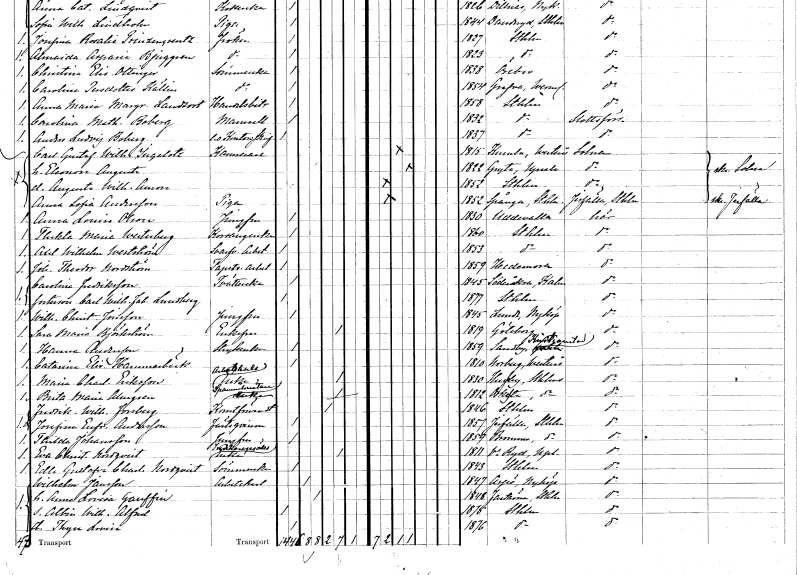
gt_parse: households: individuals: FN: Carl Gustaf Wilhelm
EN: Ingelotz
YRKE: Kamrerare
KON: M
CIV: G
FODAR: 1815
FODFORS: Kumla Västmanlands län
FN: Eleonora Augusta
KON: K
CIV: G
FODAR: 1822
FODFORS: Gryta Uppsala län
FN: Augusta Wilhelmina Aurora
KON: K
CIV: O
FODAR: 1852
FODFORS: Stockholm
FN: Anna Sofia
EN: Andersson
YRKE: Piga
KON: K
CIV: O
FODAR: 1852
FODFORS: Spånga Stockholms län
FN: Anna Louisa
EN: Olson
YRKE: Jungfru
KON: K
CIV: O
FODAR: 1830
FODFORS: Uddevalla Göteborgs- och Bohuslän
FN: Thekla Maria
EN: Westerberg
YRKE: Korsångerska
KON: K
CIV: O
FODAR: 1860
FODFORS: Stockholm
FN: Axel Wilhelm
EN: Westström
YRKE: Svarveriarbetare
KON: M
CIV: O
FODAR: 1853
FODFORS: Stockholm
FN: Johan Theodor
EN: Nordström
YRKE: Tapetseriarbetare
KON: M
CIV: O
FODAR: 1859
FODFORS: Hedemora Kopparbergs län
FN: Carolina
EN: Fredriksson
YRKE: Tvätterska
KON: K
CIV: O
FODAR: 1845
FODFORS: Söderåkra Kalmar län
FN: Carl Wilhelm Johan
EN: Lundberg
KON: M
CIV: O
FODAR: 1877
FODFORS: Stockholm
FN: Wilhelmina Christina
EN: Jönsson
YRKE: Jungfru
KON: K
CIV: O
FODAR: 1845
FODFORS: Lunda Södermanlands län
FN: Sara Maria
EN: Björkström
KON: K
CIV: E
FODAR: 1819
FODFORS: Göteborg Göteborgs- och Bohuslän
FN: Hanna
EN: Andersson
YRKE: Strykerska
KON: K
CIV: O
FODAR: 1859
FODFORS: Norra Sandby Kristianstads län
FN: Catarina Elisabet
EN: Hammarbäck
KON: K
CIV: O
FODAR: 1810
FODFORS: Norberg Västmanlands län
FN: Maria Charlotta
EN: Eriksson
YRKE: Arbetskarlsänka
KON: K
CIV: E
FODAR: 1830
FODFORS: Husby Stockholms län
FN: Brita Maria
EN: Almgren
YRKE: Spannmålsmästareänka
KON: K
CIV: E
FODAR: 1812
FODFORS: Orkesta Stockholms län
FN: Fredrik Wilhelm
EN: Forsberg
YRKE: Konstförvandt
KON: M
CIV: E
FODAR: 1846
FODFORS: Stockholm
FN: Josefina Eufrosyne
EN: Andersson
KON: K
CIV: O
FODAR: 1857
FODFORS: Järfälla Stockholms län
FN: Thilda
EN: Johansson
YRKE: Jungfru
KON: K
CIV: O
FODAR: 1859
FODFORS: Bromma Stockholms län
FN: Eva Christina
EN: Nordqvist
YRKE: Snickaregesällsänka
KON: K
CIV: E
FODAR: 1811
FODFORS: Västra Ryd Stockholms län
FN: Edla Gustafva Charlotta
EN: Nordqvist
YRKE: Sömmerska
KON: K
CIV: O
FODAR: 1843
FODFORS: Stockholm
FN: Wilhelm
EN: Jansson
YRKE: Arbetskarl
KON: M
CIV: G
FODAR: 1847
FODFORS: Aspö Södermanlands län
FN: Anna Lovisa
EN: Gauffin
KON: K
CIV: G
FODAR: 1848
FODFORS: Fasterna Stockholms län
FN: Albin Wilhelm Alfred
KON: M
CIV: O
FODAR: 1875
FODFORS: Stockholm
FN: Thyra Lovisa
KON: K
CIV: O
FODAR: 1876
FODFORS: Stockholm